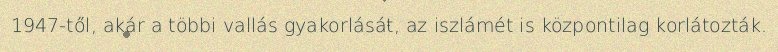
1947-től, akár a többi vallás gyakorlását, az iszlámét is központilag korlátozták.